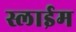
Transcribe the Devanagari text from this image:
स्लाईम